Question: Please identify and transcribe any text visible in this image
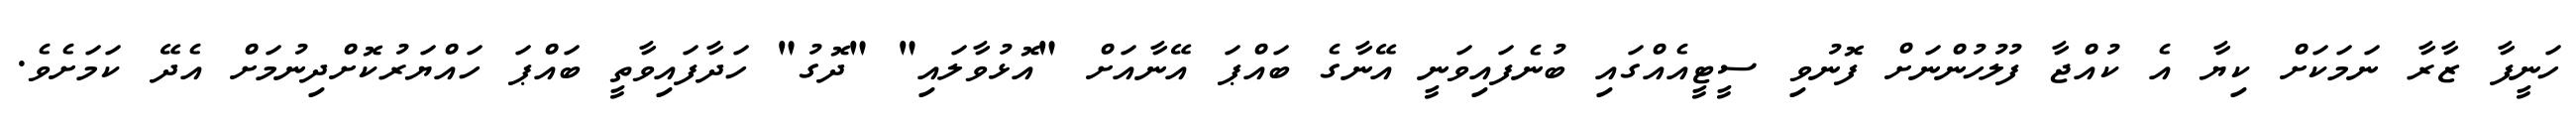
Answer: ހަނީފާ ޒާރާ ނަމަކަށް ކިޔާ އެ ކުއްޖާ ފުލުހުންނަށް ފޮނުވި ސީޓީއެއްގައި ބުނެފައިވަނީ އޭނާގެ ބައްޕަ އޭނާއަށް "އޮޅުވާލައި" "ދޮގު" ހަދާފައިވާތީ ބައްޕަ ހައްޔަރުކޮށްދިނުމަށް އެދޭ ކަމަށެވެ.